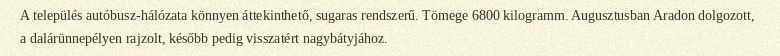
A település autóbusz-hálózata könnyen áttekinthető, sugaras rendszerű. Tömege 6800 kilogramm. Augusztusban Aradon dolgozott, a dalárünnepélyen rajzolt, később pedig visszatért nagybátyjához.